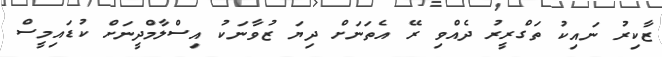
ޒާކިރު ނައިކު ތަގްރީރު ދެއްވި ރޭ އެތަނަށް ދިޔަ ޒުވާނަކު އިސްލާމްދީނަށް ކުޑައިމީސް